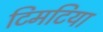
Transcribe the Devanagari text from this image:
टिमटिया